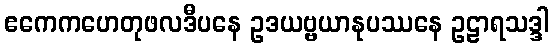
ဧကေကဟေတုဖလဒီပနေ ဥဒယဗ္ဗယာနုပဿနေ ဥဠာရသဒ္ဒါ